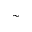
\sim